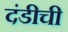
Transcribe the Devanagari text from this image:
दंडीची